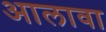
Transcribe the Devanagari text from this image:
अालावा